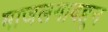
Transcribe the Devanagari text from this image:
माजलगावहून